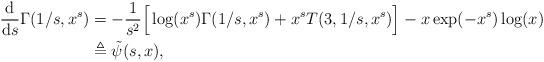
LaTeX: \begin{align*}\frac{\mathrm{d}}{\mathrm{d}s}\Gamma(1/s,x^s)&=-\frac{1}{s^2}\Big[\log (x^s) \Gamma(1/s,x^s)+x^s T(3,1/s,x^s)\Big]-x\exp(-x^s)\log(x)\\&\triangleq\tilde\psi(s,x),\end{align*}